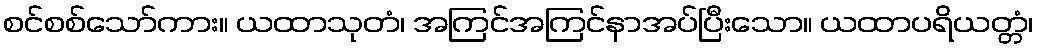
စင်စစ်သော်ကား။ ယထာသုတံ၊ အကြင်အကြင်နာအပ်ပြီးသော။ ယထာပရိယတ္တံ၊